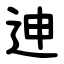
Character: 迧